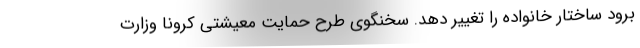
برود ساختار خانواده را تغییر دهد. سخنگوی طرح حمایت معیشتی کرونا وزارت